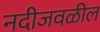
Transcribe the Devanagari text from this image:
नदीजवळील